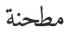
مطحنة